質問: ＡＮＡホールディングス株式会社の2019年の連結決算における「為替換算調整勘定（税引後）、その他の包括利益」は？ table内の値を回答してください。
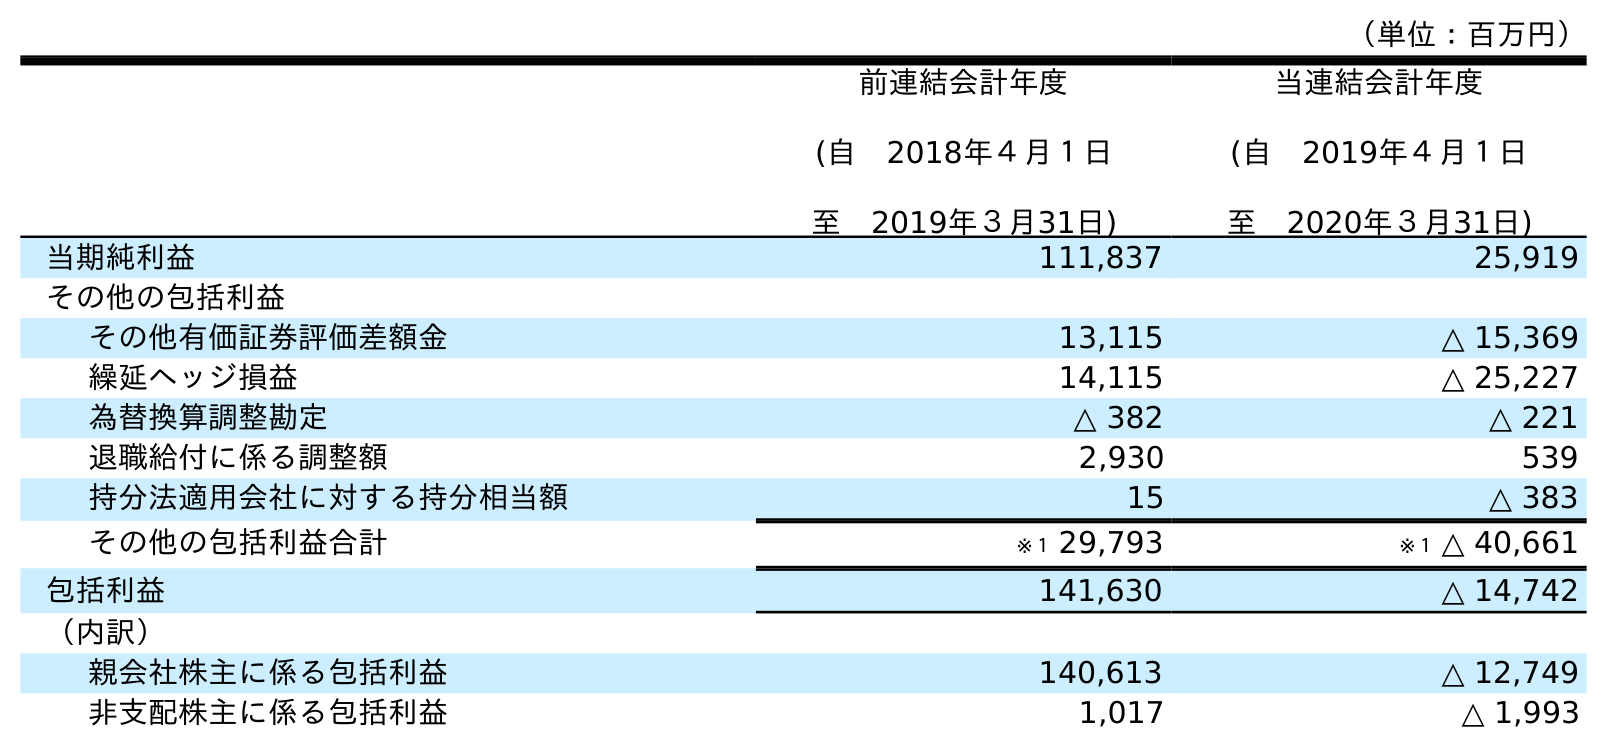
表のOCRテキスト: （単位：百万円） 前連結会計年度 (自 2018年４月１日 至 2019年３月31日) 当連結会計年度 (自 2019年４月１日 至 2020年３月31日) 当期純利益 111,837 25,919 その他の包括利益 その他有価証券評価差額金 13,115 △ 15,369 繰延ヘッジ損益 14,115 △ 25,227 為替換算調整勘定 △ 382 △ 221 退職給付に係る調整額 2,930 539 持分法適用会社に対する持分相当額 15 △ 383 その他の包括利益合計 ※１ 29,793 ※１ △ 40,661 包括利益 141,630 △ 14,742 （内訳） 親会社株主に係る包括利益 140,613 △ 12,749 非支配株主に係る包括利益 1,017 △ 1,993
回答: △382